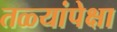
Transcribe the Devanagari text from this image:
तळ्यांपेक्षा